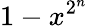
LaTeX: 1-x^{2^{n}}